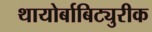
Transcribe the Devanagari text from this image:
थायोर्बाबिट्युरीक